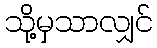
သို့မှသာလျှင်